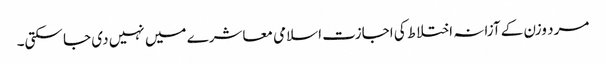
مرد وزن کے آزانہ اختلاط کی اجازت اسلامی معاشرے میں نہیں دی جا سکتی۔